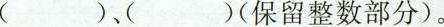
()、()(保留整数部分)。